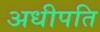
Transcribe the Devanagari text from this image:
अधीपति